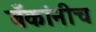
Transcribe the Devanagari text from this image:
बँकांनीच